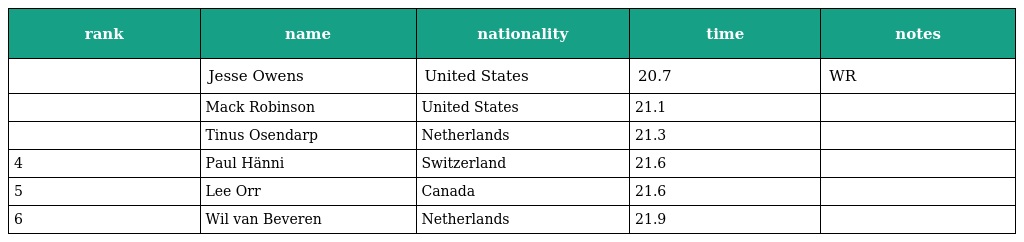
| rank | name | nationality | time | notes |
 | --- | --- | --- | --- | --- |
 |  | Jesse Owens | United States | 20.7 | WR |
 |  | Mack Robinson | United States | 21.1 |  |
 |  | Tinus Osendarp | Netherlands | 21.3 |  |
 | 4 | Paul Hänni | Switzerland | 21.6 |  |
 | 5 | Lee Orr | Canada | 21.6 |  |
 | 6 | Wil van Beveren | Netherlands | 21.9 |  |